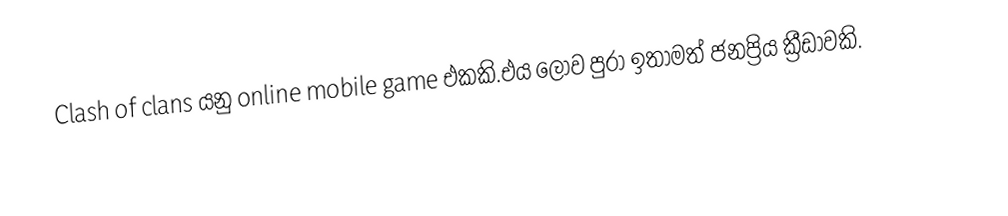
Clash of clans යනු online mobile game එකකි.එය ලොව පුරා ඉතාමත් ජනප්‍රිය ක්‍රීඩාවකි.